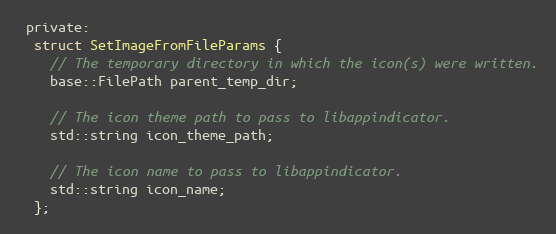
Language: C
 private:
  struct SetImageFromFileParams {
    // The temporary directory in which the icon(s) were written.
    base::FilePath parent_temp_dir;

    // The icon theme path to pass to libappindicator.
    std::string icon_theme_path;

    // The icon name to pass to libappindicator.
    std::string icon_name;
  };